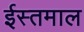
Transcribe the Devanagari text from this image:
ईस्तमाल